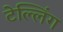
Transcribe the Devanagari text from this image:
टेल्लिंग